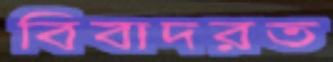
বিবাদরত